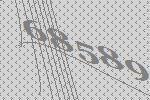
68589